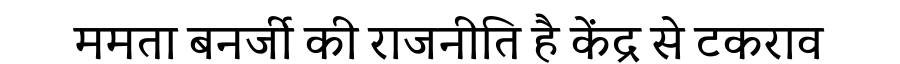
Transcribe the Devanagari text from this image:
ममता बनर्जी की राजनीति है केंद्र से टकराव